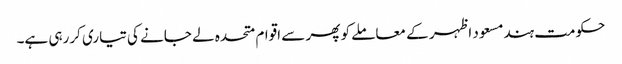
حکومت ہندمسعود اظہر کے معاملے کو پھر سے اقوام متحدہ لے جانے کی تیاری کررہی ہے۔